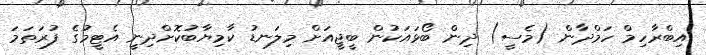
އިބްރާހިމް ހަމްދާން (މެސީ) ދިން ބޯޅައަކުން ބީޖީއަށް މިލަނޑު ކާމިޔާބުކޮށްދިނީ އެޓީމުގެ ފުރަތަމަ